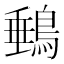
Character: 䳠